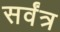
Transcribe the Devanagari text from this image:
सर्वंत्र